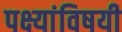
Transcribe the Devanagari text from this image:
पक्ष्यांविषयी